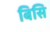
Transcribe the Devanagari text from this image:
बिसि